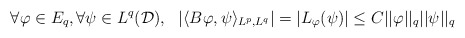
\begin{align*}\forall \varphi \in E_q, \forall \psi \in L^q(\mathcal{D}), \ \ |\langle B\varphi,\psi \rangle_{L^p,L^q}| = |L_{\varphi}(\psi)| \leq C||\varphi||_{q}||\psi||_{q}\end{align*}